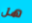
هل